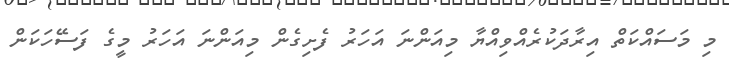
މި މަސައްކަތް އިރާދަކުރެއްވިއްޔާ މިއަންނަ އަހަރު ފެށިގެން މިއަންނަ އަހަރު މީގެ ފަސޭހަކަން